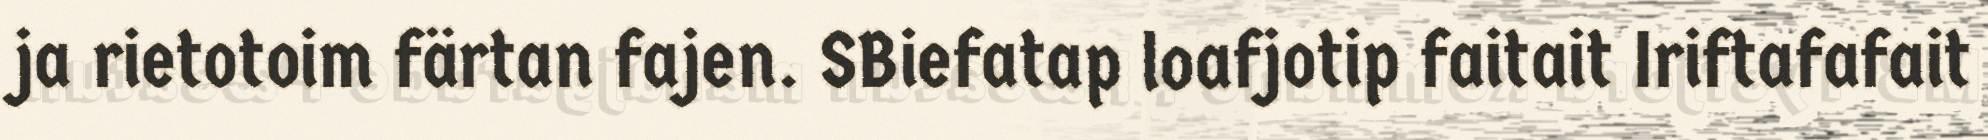
ja rietotoim färtan fajen. SBiefatap loafjotip faitait Iriftafafait